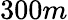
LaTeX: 300m